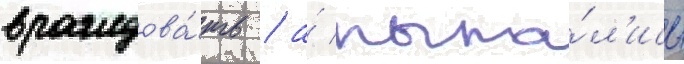
враждова́ть / а́ пыта́л'ись